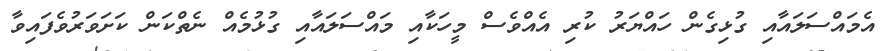
އެމައްސަލައާއި ގުޅިގެން ހައްޔަރު ކުރި އެއްވެސް މީހަކާއި މައްސަލައާއި ގުޅުމެއް ނެތްކަން ކަށަވަރުވެފައިވާ